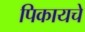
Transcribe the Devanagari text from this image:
पिकायचे